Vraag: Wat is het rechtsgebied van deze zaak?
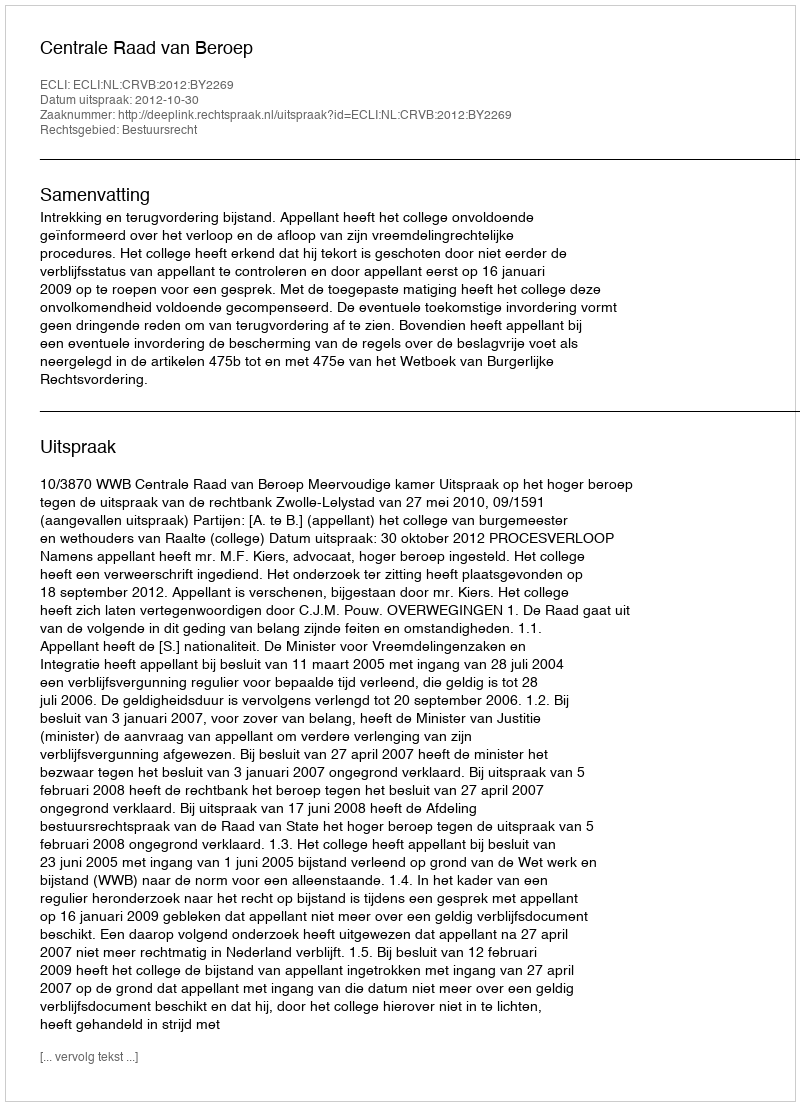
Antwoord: Bestuursrecht